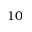
1 0